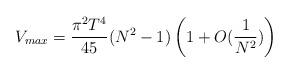
LaTeX: \begin{align*}V_{max}={\pi^2 T^4\over {45}}(N^2-1)\left(1+O({1\over {N^2}})\right)\end{align*}